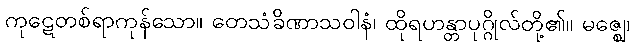
ကုဋေတစ်ရာကုန်သော။ တေသံခိဏာသဝါနံ၊ ထိုရဟန္တာပုဂ္ဂိုလ်တို့၏။ မဇ္ဈေ၊